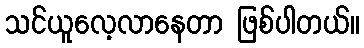
သင်ယူလေ့လာနေတာ ဖြစ်ပါတယ်။